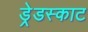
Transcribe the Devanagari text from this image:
ड्रेडस्काट